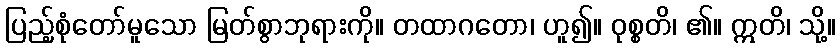
ပြည့်စုံတော်မူသော မြတ်စွာဘုရားကို။ တထာဂတော၊ ဟူ၍။ ဝုစ္စတိ၊ ၏။ ဣတိ၊ သို့။